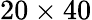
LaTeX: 20\times 40